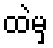
ထဲမှ